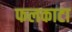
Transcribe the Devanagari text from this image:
फलकाटा